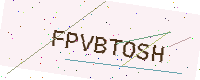
Text: FPVBTOSH